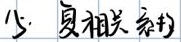
少. 复相关系数